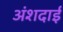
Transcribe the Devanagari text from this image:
अंशदाई